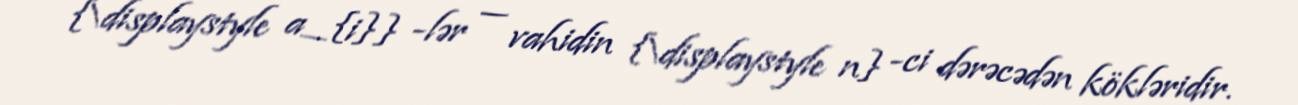
{\displaystyle a_{i}} -lər — vahidin {\displaystyle n} -ci dərəcədən kökləridir.